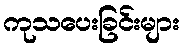
ကုသပေးခြင်းများ